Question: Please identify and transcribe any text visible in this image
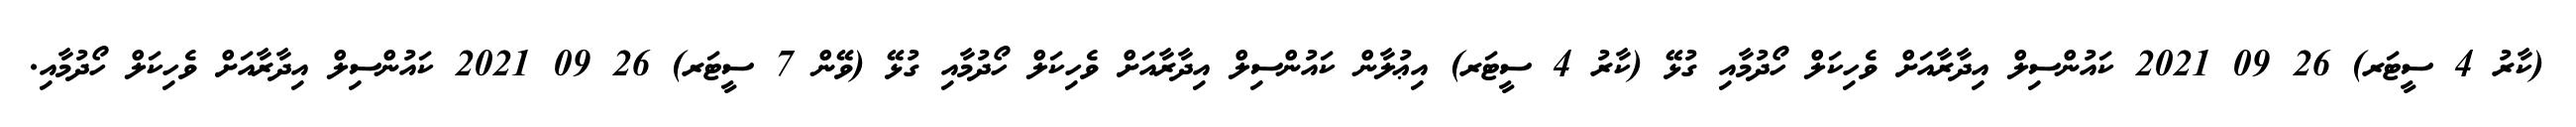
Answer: (ކާރު 4 ސީޓަރ) 26 09 2021 ކައުންސިލް އިދާރާއަށް ވެހިކަލް ހޯދުމާއި ގުޅޭ (ކާރު 4 ސީޓަރ) އިޢުލާން ކައުންސިލް އިދާރާއަށް ވެހިކަލް ހޯދުމާއި ގުޅޭ (ވޭން 7 ސީޓަރ) 26 09 2021 ކައުންސިލް އިދާރާއަށް ވެހިކަލް ހޯދުމާއި.